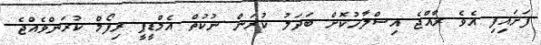
ފަށައިފި އެވެ ރާއްޖެ އިސްލާހުކޮށް ބަދަލު ކުރަން ނުކުތް އެމްޑީޕީ ރިފޯމް ކުރަންވެއްޖެ